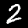
Digit: 2